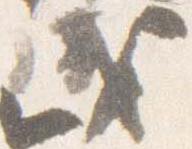
盛